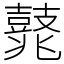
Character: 𪔛